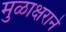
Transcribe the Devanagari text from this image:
मुळाक्षराने